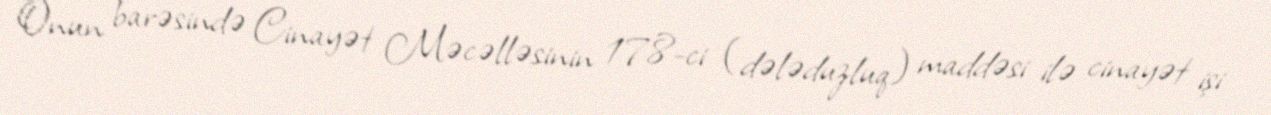
Onun barəsində Cinayət Məcəlləsinin 178-ci (dələduzluq) maddəsi ilə cinayət işi